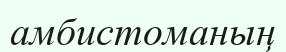
амбистоманың